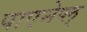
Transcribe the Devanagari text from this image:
पाएनेप्ल्